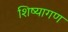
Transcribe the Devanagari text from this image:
शिष्यागण